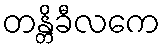
တန္တိခီလကေ